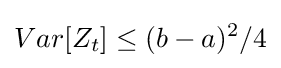
Var[Z_{t}]\leq (b-a)^{2}/4